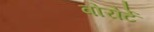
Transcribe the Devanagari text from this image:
वोरोर्टे